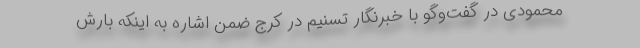
محمودی در گفت‌وگو با خبرنگار تسنیم در کرج ضمن اشاره به اینکه بارش